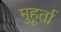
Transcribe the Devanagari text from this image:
मुहूर्ता